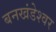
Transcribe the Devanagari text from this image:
बनखंडेश्वर